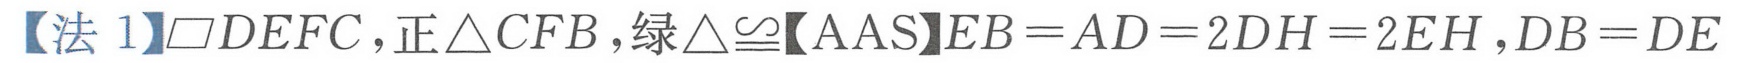
【法 1】\(\square DEFC\)，正\(\triangle CFB\)，绿\(\triangle\cong\)【AAS】\(EB = AD = 2DH = 2EH\)，\(DB = DE\)